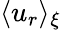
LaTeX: \langle u_{r}\rangle_{\xi}